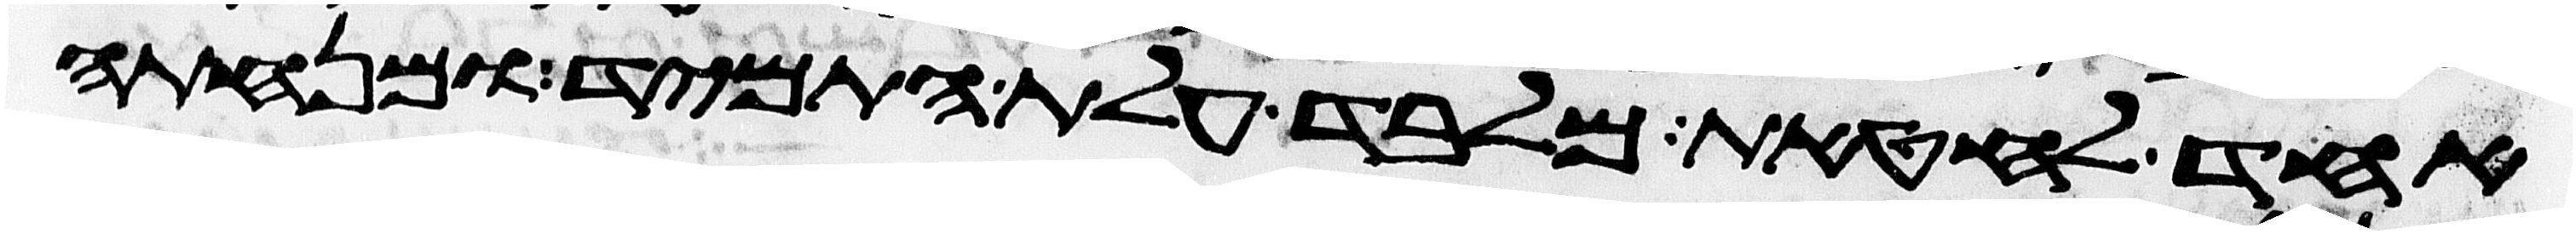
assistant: אחד לחטאת מלבד עלת התמיד ומנחתה